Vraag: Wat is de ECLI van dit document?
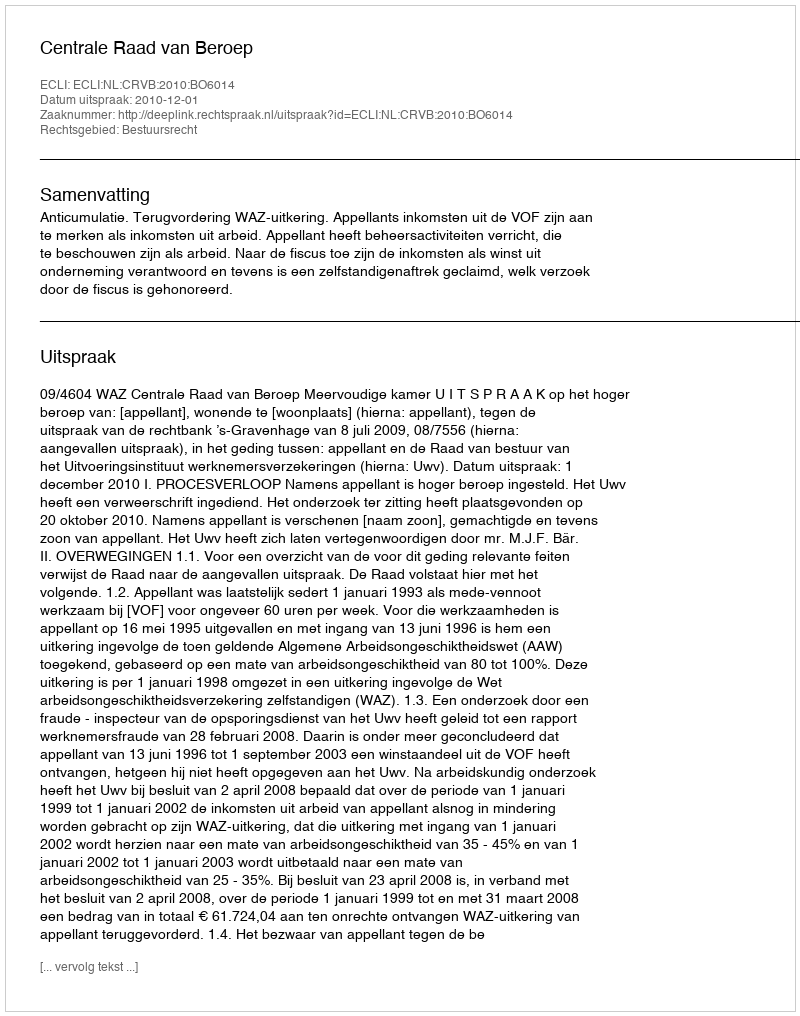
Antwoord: ECLI:NL:CRVB:2010:BO6014